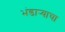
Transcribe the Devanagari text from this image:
भंडार्‍याचा